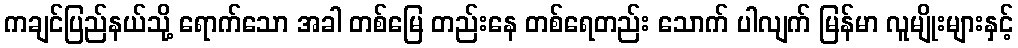
ကချင်ပြည်နယ်သို့ ရောက်သော အခါ တစ်မြေ တည်းနေ တစ်ရေတည်း သောက် ပါလျက် မြန်မာ လူမျိုးများနှင့်